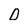
Character: D